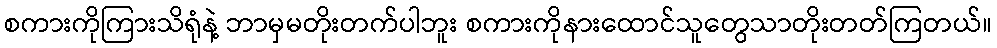
စကားကိုကြားသိရုံနဲ့ ဘာမှမတိုးတက်ပါဘူး စကားကိုနားထောင်သူတွေသာတိုးတတ်ကြတယ်။